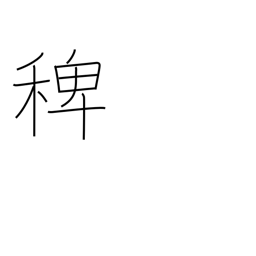
Meaning: deccan grass